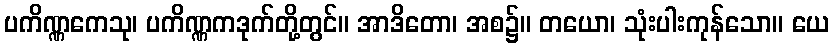
ပကိဏ္ဏကေသု၊ ပကိဏ္ဏကဒုက်တို့တွင်။ အာဒိတော၊ အစ၌။ တယော၊ သုံးပါးကုန်သော။ ယေ